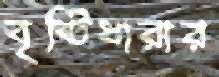
বৃষ্টিধারার